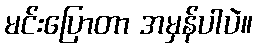
မင်းပြောတာ အမှန်ပါပဲ။